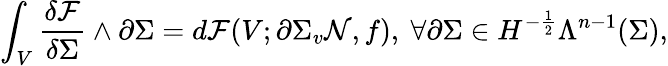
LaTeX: \int_{V}\frac{\delta\mathcal{F}}{\delta\Sigma}\wedge\partial\Sigma=d\mathcal{F}(V;\partial\Sigma_{v}\mathcal{N},f),\ \forall\partial\Sigma\in H^{-\frac{1}{2}}\Lambda^{n-1}(\Sigma),